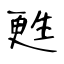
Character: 甦